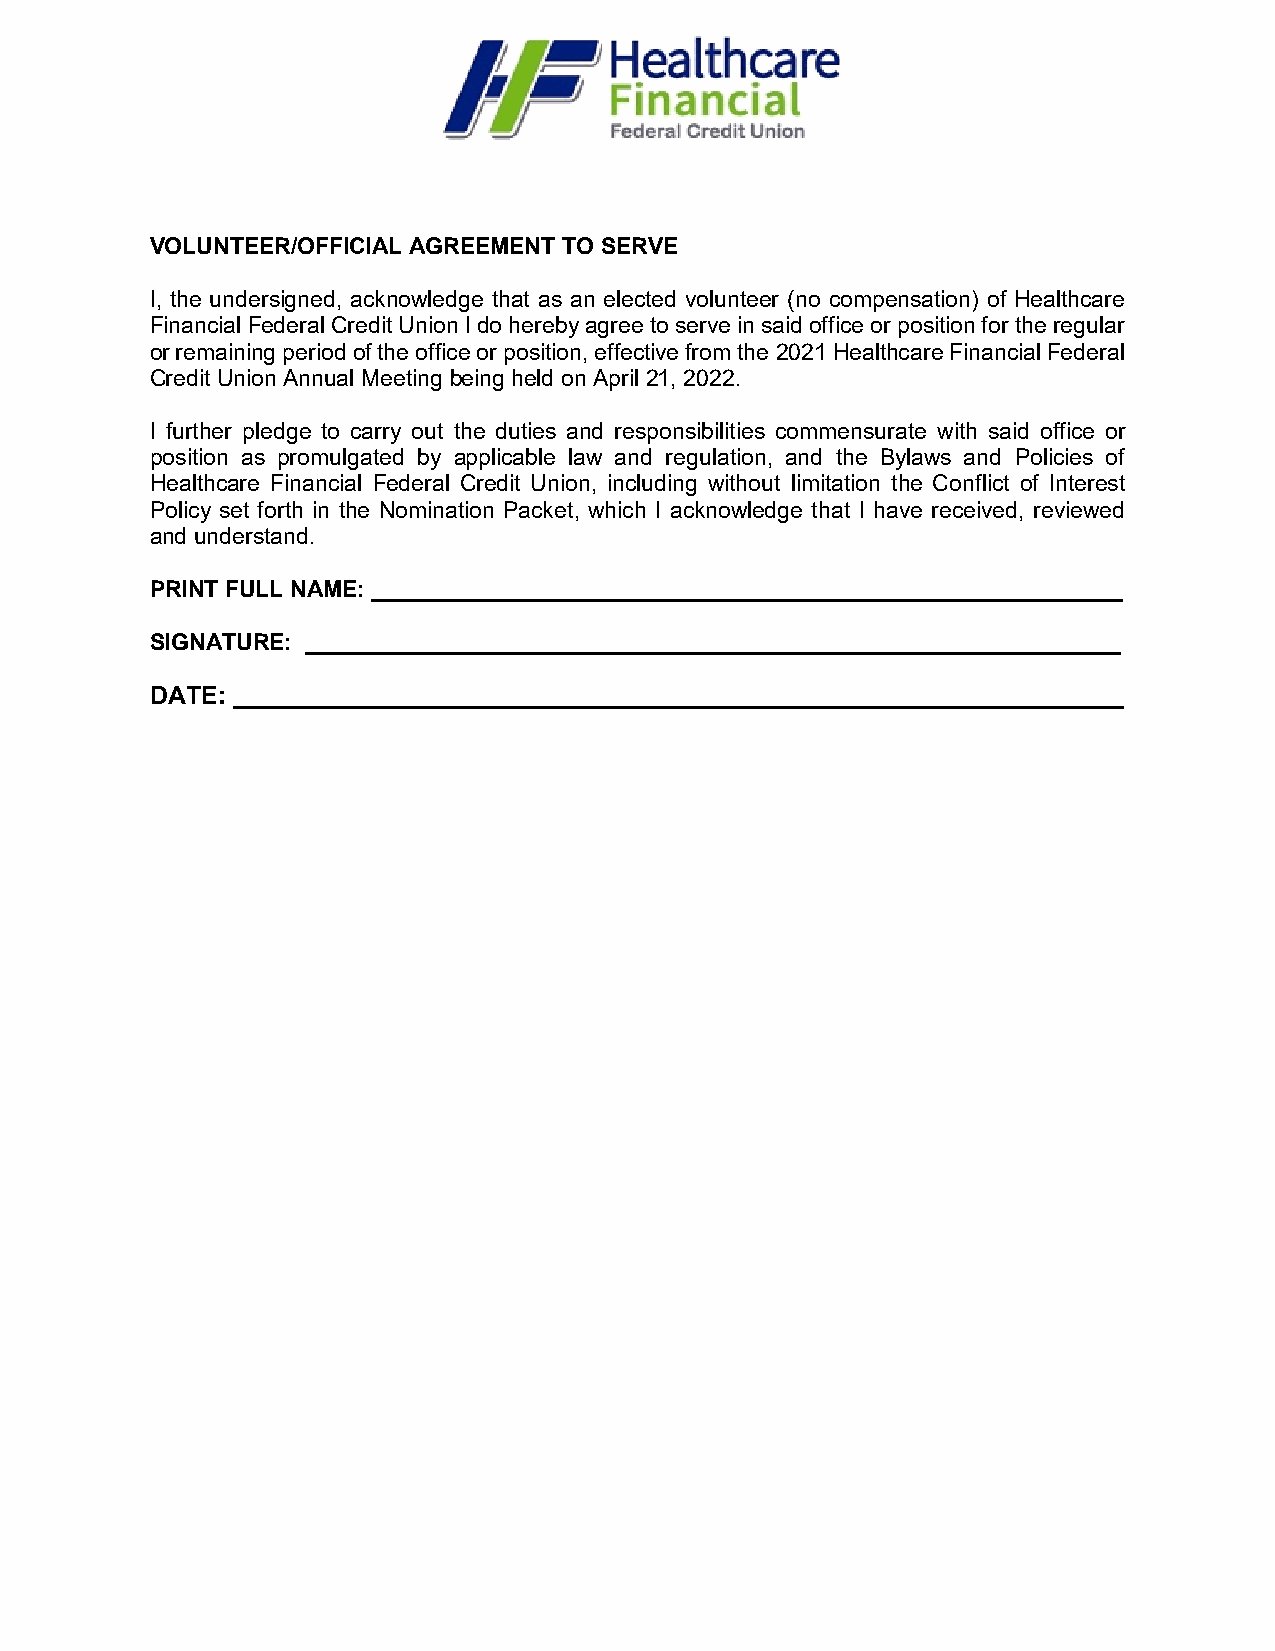
VOLUNTEER/OFFICIAL AGREEMENT TO SERVE
 I, the undersigned, acknowledge that as an elected volunteer (no compensation) of Healthcare
 Financial Federal Credit Union I do hereby agree to serve in said office or position for the regular
 or remaining period of the office or position, effective from the 2021 Healthcare Financial Federal
 Credit Union Annual Meeting being held on April 21, 2022.
 I further pledge to carry out the duties and responsibilities commensurate with said office or
 position as promulgated by applicable law and regulation, and the Bylaws and Policies of
 Healthcare Financial Federal Credit Union, including without limitation the Conflict of Interest
 Policy set forth in the Nomination Packet, which I acknowledge that I have received, reviewed
 and understand.
 PRINT FULL NAME: ___________________________________________________________
 SIGNATURE: ________________________________________________________________
 DATE: ________________________________________________________________